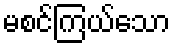
မစင်ကြယ်သော